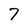
Character: 7